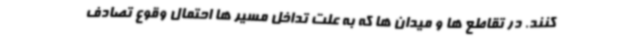
کنند. در تقاطع ها و میدان ها که به علت تداخل مسیر ها احتمال وقوع تصادف